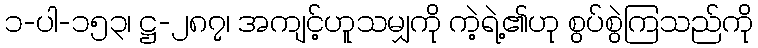
၁-ပါ-၁၅၃၊ ဋ္ဌ-၂၈၇၊ အကျင့်ဟူသမျှကို ကဲ့ရဲ့၏ဟု စွပ်စွဲကြသည်ကို